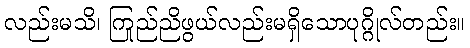
လည်းမသိ၊ ကြည်ညိုဖွယ်လည်းမရှိသောပုဂ္ဂိုလ်တည်း။